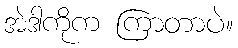
အဲဒါကိုက ကြာတာပဲ။